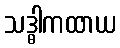
သဒ္ဓါကထာယ